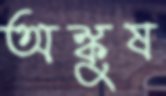
অঙ্কুষ